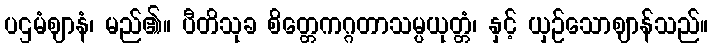
ပဌမံဈာနံ၊ မည်၏။ ပီတိသုခ စိတ္တေကဂ္ဂတာသမ္ပယုတ္တံ၊ နှင့် ယှဉ်သောဈာန်သည်။